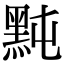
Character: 黗